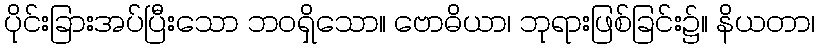
ပိုင်းခြားအပ်ပြီးသော ဘဝရှိသော။ ဗောဓိယာ၊ ဘုရားဖြစ်ခြင်း၌။ နိယတာ၊